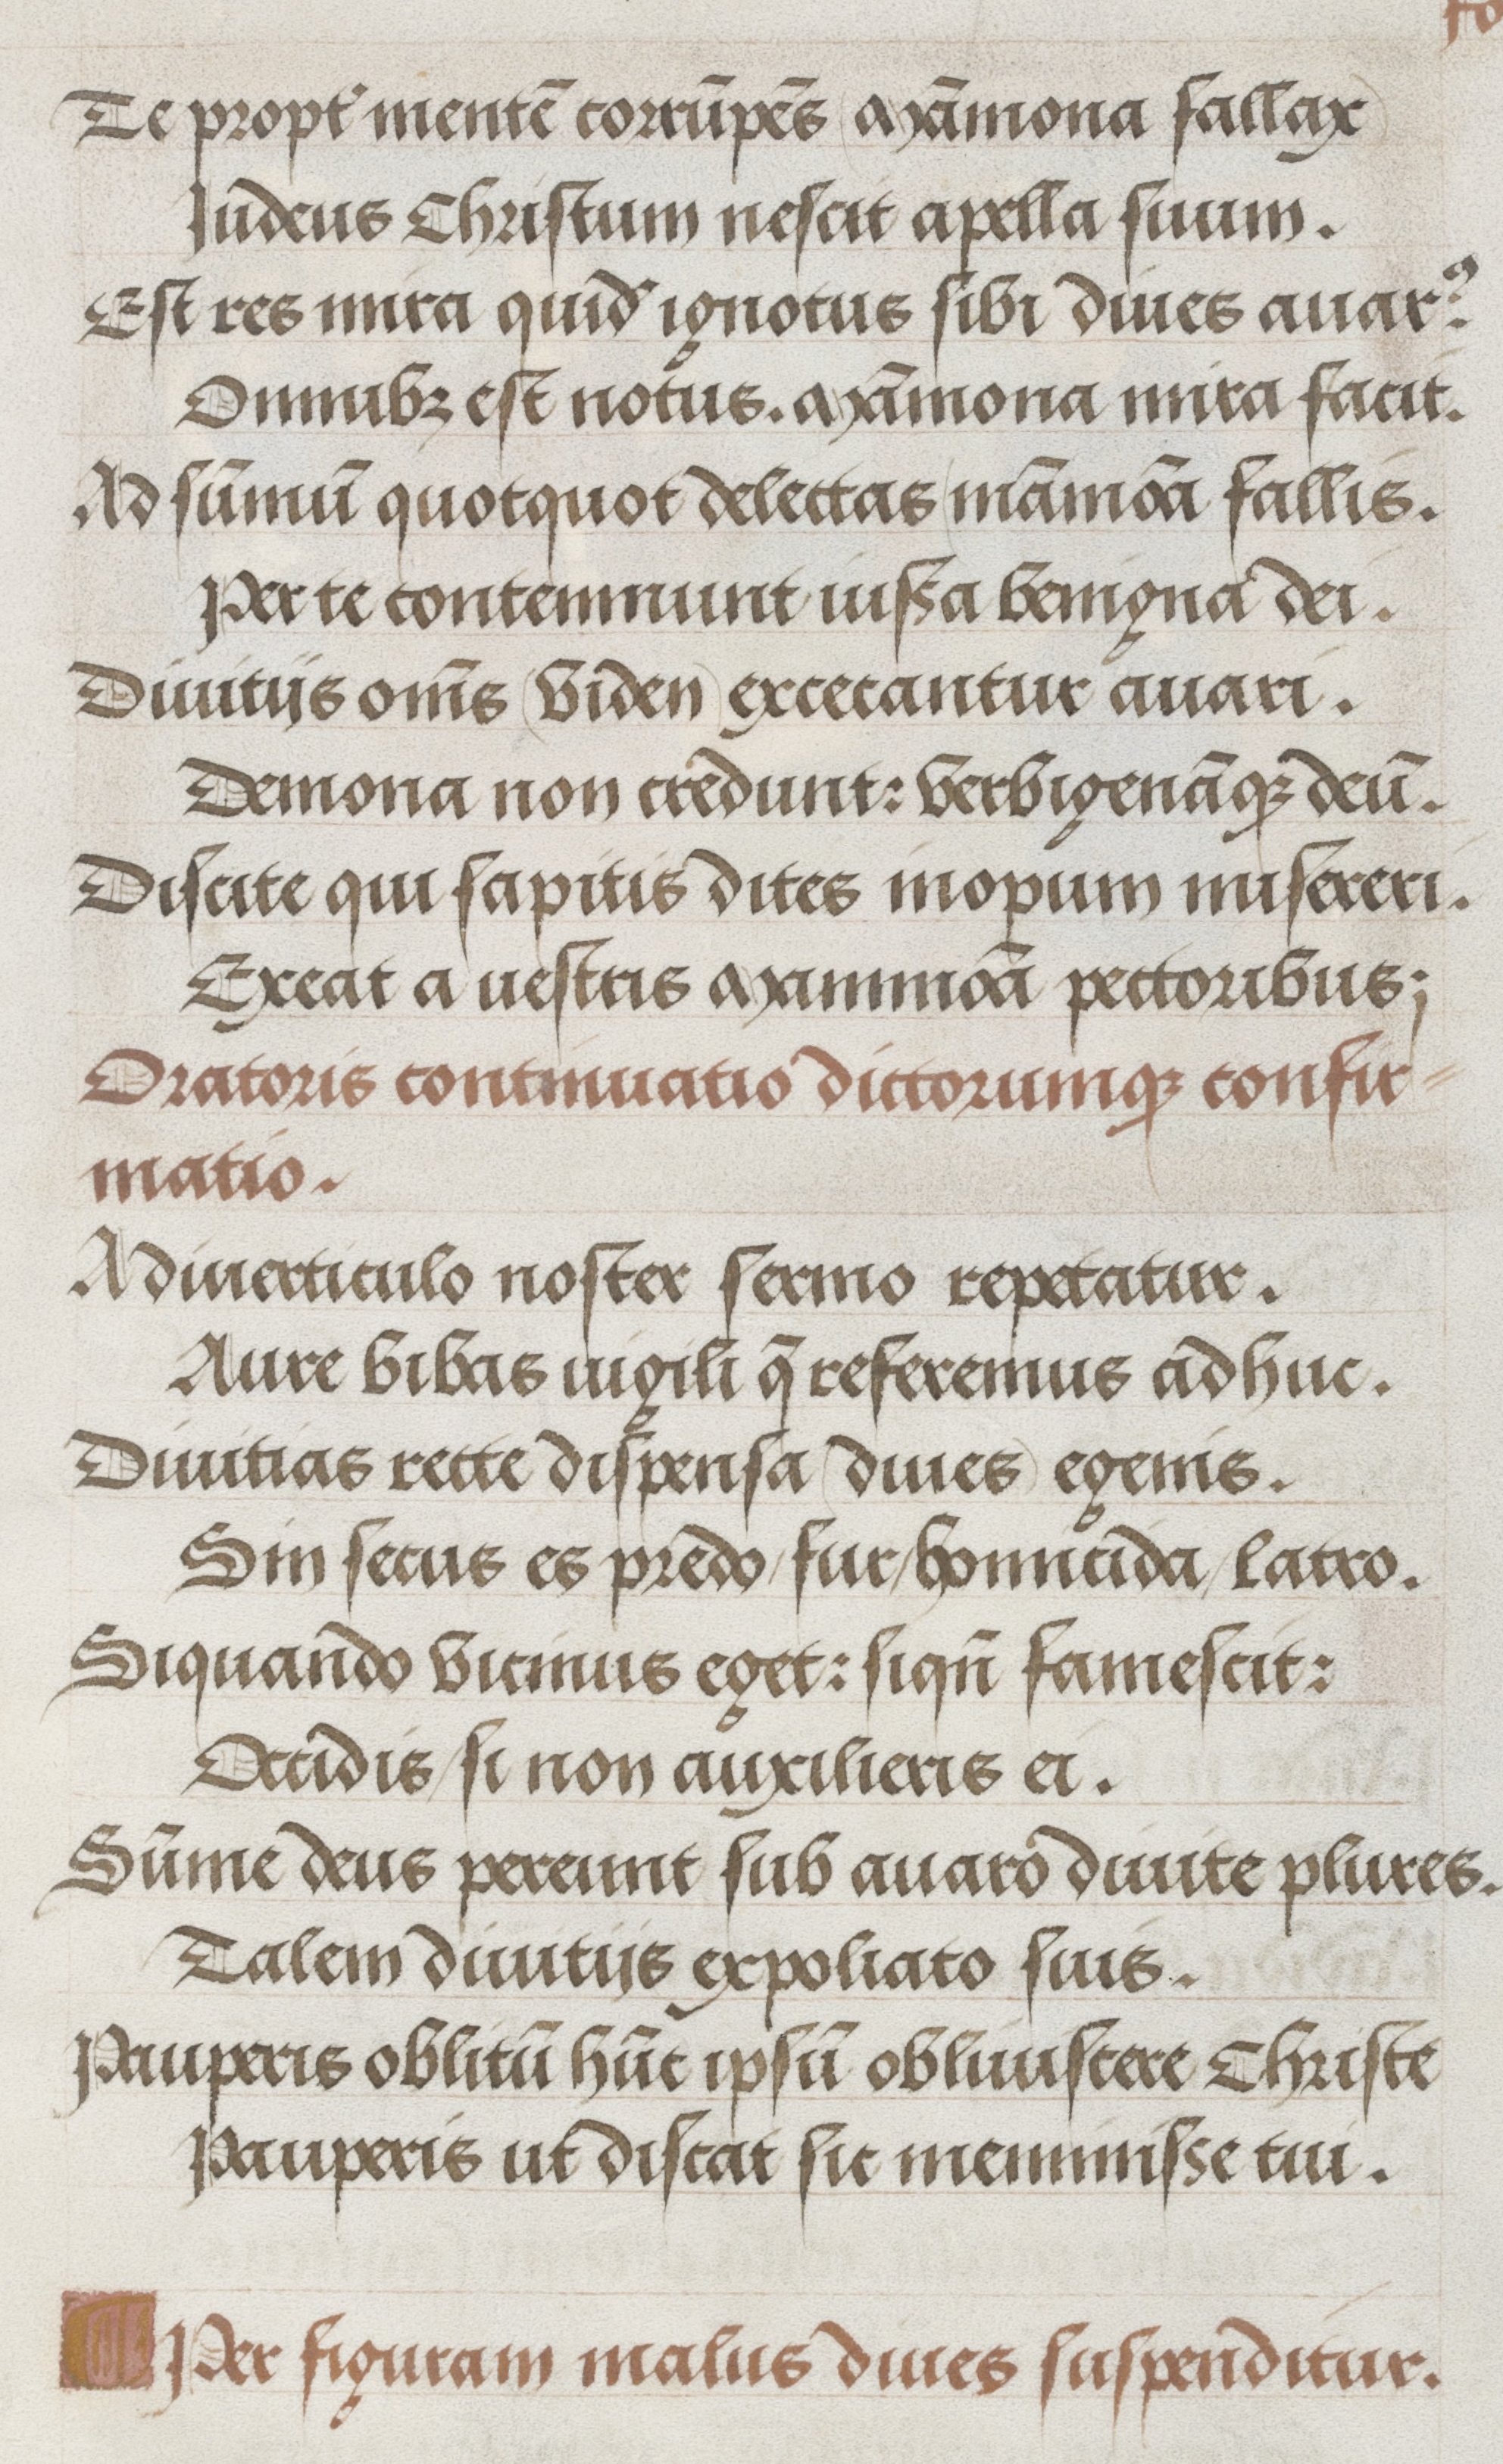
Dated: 1500–1530